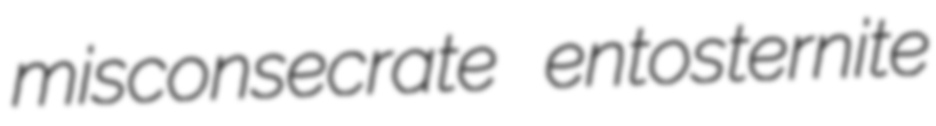
misconsecrate entosternite